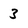
Character: 3